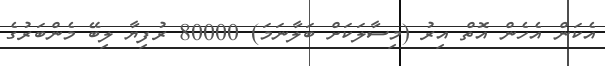
އެކަން އެހެން އޮތް އިރު (މިސާލަކަށް ބަލާނަމަ) 80000 ރުފިޔާ ލިބޭ މެންބަރުގެ